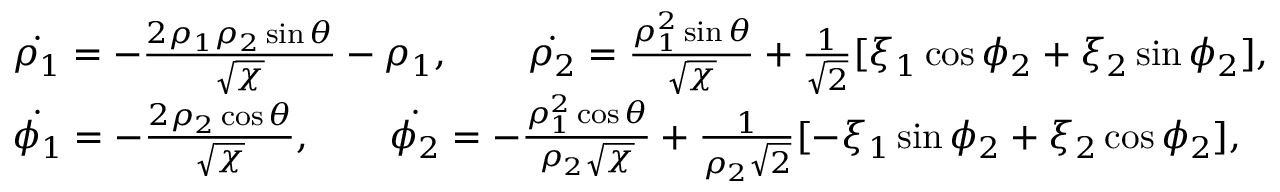
\begin{array} { r l r } & { \dot { \rho _ { 1 } } = - \frac { 2 \rho _ { 1 } \rho _ { 2 } \sin \theta } { \sqrt { \chi } } - \rho _ { 1 } , \qquad \dot { \rho _ { 2 } } = \frac { \rho _ { 1 } ^ { 2 } \sin \theta } { \sqrt { \chi } } + \frac { 1 } { \sqrt { 2 } } [ \xi _ { 1 } \cos \phi _ { 2 } + \xi _ { 2 } \sin \phi _ { 2 } ] , } & \\ & { \dot { \phi _ { 1 } } = - \frac { 2 \rho _ { 2 } \cos \theta } { \sqrt { \chi } } , \qquad \dot { \phi _ { 2 } } = - \frac { \rho _ { 1 } ^ { 2 } \cos \theta } { \rho _ { 2 } \sqrt { \chi } } + \frac { 1 } { \rho _ { 2 } \sqrt { 2 } } [ - \xi _ { 1 } \sin \phi _ { 2 } + \xi _ { 2 } \cos \phi _ { 2 } ] , } & \end{array}